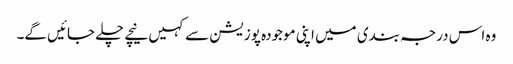
وہ اس درجہ بندی میں اپنی موجودہ پوزیشن سے کہیں نیچے چلے جائیں گے۔